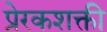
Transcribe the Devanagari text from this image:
प्रेरकशक्ती